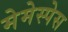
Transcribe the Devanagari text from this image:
मेमेस्पेस